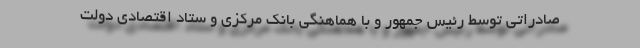
صادراتی توسط رئیس‌ جمهور و با هماهنگی بانک مرکزی و ستاد اقتصادی دولت